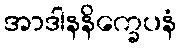
အာဒါနနိက္ခေပနံ